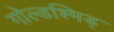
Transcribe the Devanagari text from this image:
गोल्डश्मिड्